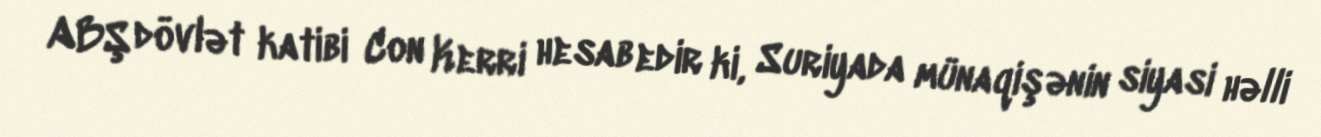
ABŞ dövlət katibi Con Kerri hesab edir ki, Suriyada münaqişənin siyasi həlli